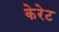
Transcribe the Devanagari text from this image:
केरेट